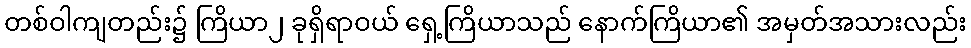
တစ်ဝါကျတည်း၌ ကြိယာ၂ ခုရှိရာဝယ် ရှေ့ကြိယာသည် နောက်ကြိယာ၏ အမှတ်အသားလည်း